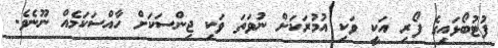
ފުޓުބޯޅައިގެ ފޯރި އަކީ ވަކި އުމުރަކަށް ނުވަތަ ވަކި ޖިންސަކަށް ހާއްސަކަމެއް ނޫނެވެ.